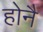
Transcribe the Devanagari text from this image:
होनै